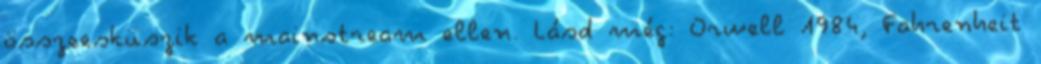
összeesküszik a mainstream ellen. Lásd még: Orwell 1984, Fah­ren­heit